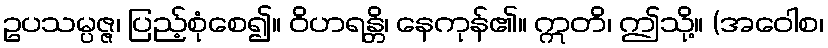
ဥပသမ္ပဇ္ဇ၊ ပြည့်စုံစေ၍။ ဝိဟရန္တိ၊ နေကုန်၏။ ဣတိ၊ ဤသို့။ (အဝေါစ၊